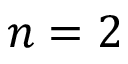
n = 2